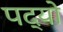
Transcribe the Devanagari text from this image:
पद्यो